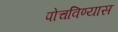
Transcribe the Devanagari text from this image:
पोचविण्यास